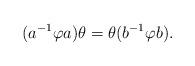
LaTeX: \begin{align*} (a^{-1} \varphi a) \theta = \theta (b^{-1} \varphi b). \end{align*}